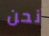
نحن